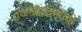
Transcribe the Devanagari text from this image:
राजमहालासाठी